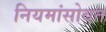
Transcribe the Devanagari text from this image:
नियमांसोबत